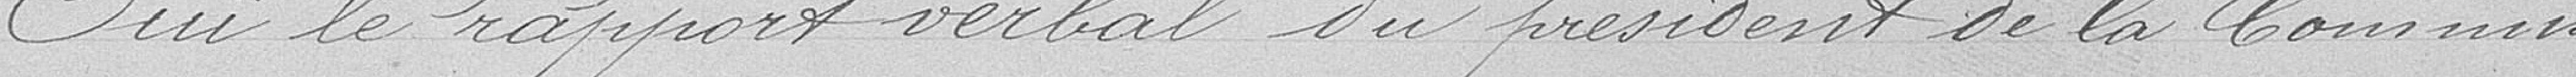
Ouï le rapport verbal du président de la commis